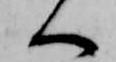
へ